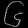
Digit: ၆